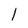
Character: l